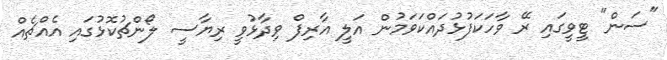
"ސަން" ޓީވީގައި ރޭ ވާހަކަފުޅުދައްކަވަމުން އަލީ އާރިފް ވިދާޅުވީ ރިޔާސީ ލޯންޗުކޮޅުގައި އެއްޗެއް